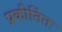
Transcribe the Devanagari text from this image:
प्रकीर्तितः